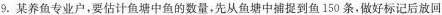
9.某养鱼专业户，要估计鱼塘中鱼的数量，先从鱼塘中捕提到鱼150条，做好标记后放回